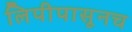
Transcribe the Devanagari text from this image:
लिपीपासूनच